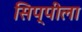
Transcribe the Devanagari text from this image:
सिप्पीला